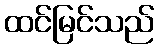
ထင်မြင်သည်